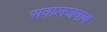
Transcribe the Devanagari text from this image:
सवालजवाब